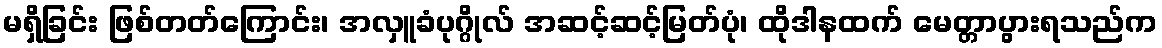
မရှိခြင်း ဖြစ်တတ်ကြောင်း၊ အလှူခံပုဂ္ဂိုလ် အဆင့်ဆင့်မြတ်ပုံ၊ ထိုဒါနထက် မေတ္တာပွားရသည်က